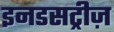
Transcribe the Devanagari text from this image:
इनडसट्रीज़